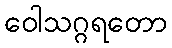
ဝေါသဂ္ဂရတော